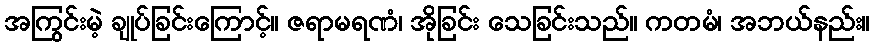
အကြွင်းမဲ့ ချုပ်ခြင်းကြောင့်။ ဇရာမရဏံ၊ အိုခြင်း သေခြင်းသည်။ ကတမံ၊ အဘယ်နည်း။